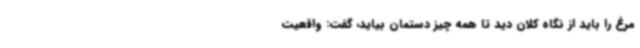
مرغ را باید از نگاه کلان دید تا همه چیز دستمان بیاید، گفت: واقعیت